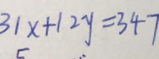
3 1 x + 1 2 y = 3 4 7